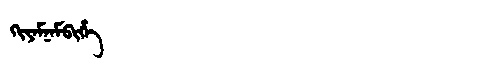
Manchu: ᡴᡳᠶᠠᠮᠨᠠᠮᠪᡳᡥᡝ
Romanization: KIYAMNAMBIHE